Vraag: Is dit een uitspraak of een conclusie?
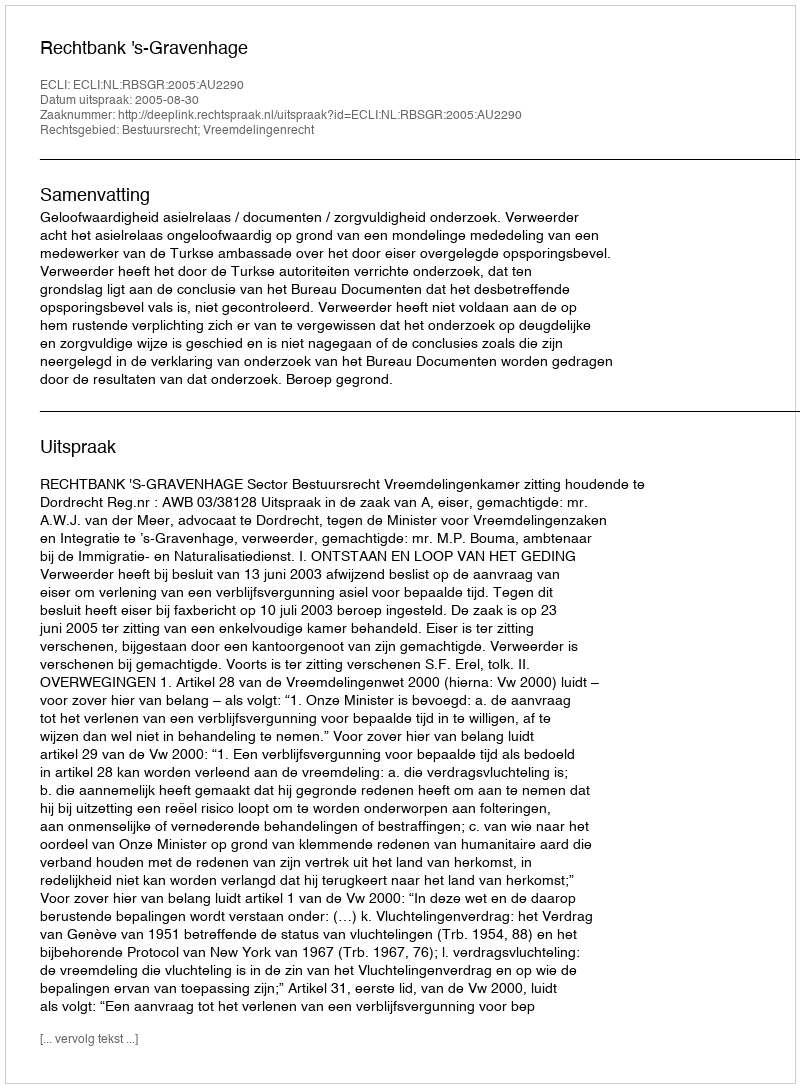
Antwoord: Uitspraak